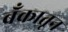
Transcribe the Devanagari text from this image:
बँकातून